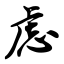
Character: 虑